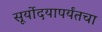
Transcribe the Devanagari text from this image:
सूर्योदयापर्यंतचा